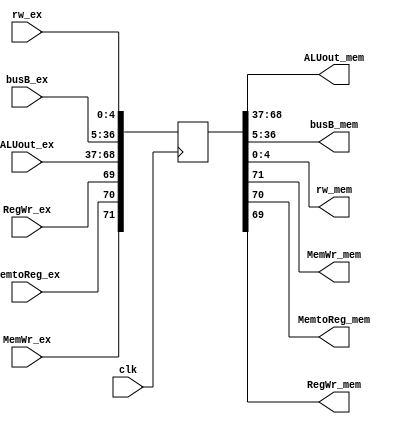
//ExMem
module ExMem(clk,ALUout_ex,busB_ex,rw_ex,ALUout_mem,busB_mem,rw_mem,		//mem
	MemWr_ex,MemtoReg_ex,RegWr_ex,MemWr_mem,MemtoReg_mem,RegWr_mem);	//ex
	input clk;
	input [31:0]ALUout_ex,busB_ex;		//ex
	input [4:0]rw_ex;
	input MemWr_ex,MemtoReg_ex,RegWr_ex;
	output [31:0]ALUout_mem,busB_mem;	//mem
	output [4:0]rw_mem;

	output MemWr_mem,MemtoReg_mem,RegWr_mem;
	reg [71:0]regs;
		
	always @(negedge clk)	//memex
	begin			//ex
		regs[71]=MemWr_ex;
		regs[70]=MemtoReg_ex;
		regs[69]=RegWr_ex;
		regs[68:37]=ALUout_ex;
		regs[36:5]=busB_ex;
		regs[4:0]=rw_ex;
	end
	assign MemWr_mem=regs[71];	 	//mem
	assign MemtoReg_mem=regs[70];
	assign RegWr_mem=regs[69];
	assign ALUout_mem=regs[68:37];
	assign busB_mem=regs[36:5];
	assign rw_mem=regs[4:0];
endmodule